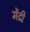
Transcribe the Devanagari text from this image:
मेंद्री